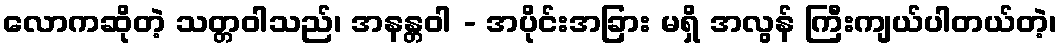
လောကဆိုတဲ့ သတ္တဝါသည်၊ အနန္တဝါ - အပိုင်းအခြား မရှိ အလွန် ကြီးကျယ်ပါတယ်တဲ့၊